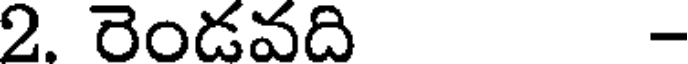
2. రెండవది -